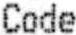
CODE